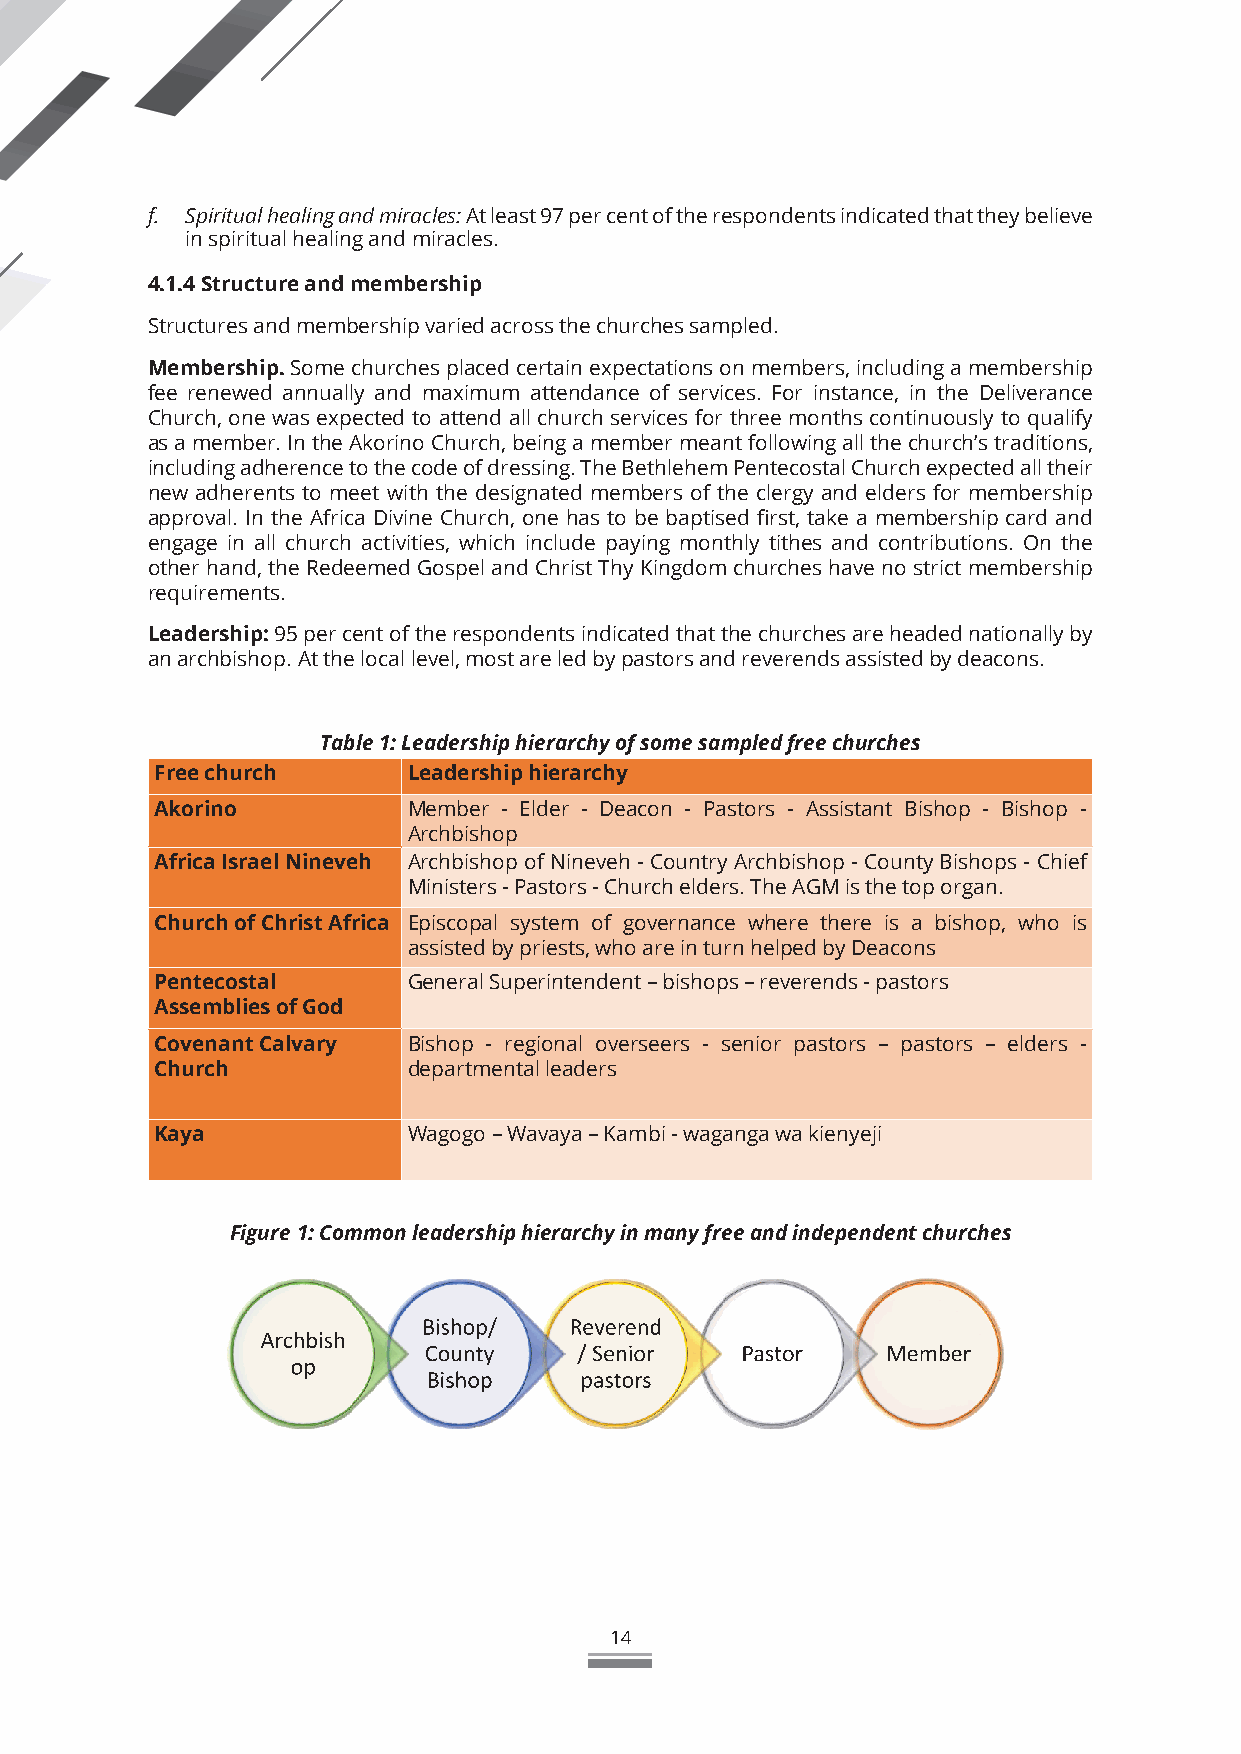
f. Spiritual healing and miracles: At least 97 per cent of the respondents indicated that they believe
 in spiritual healing and miracles.
 4.1.4 Structure and membership
 Structures and membership varied across the churches sampled.
 Membership. Some churches placed certain expectations on members, including a membership
 fee renewed annually and maximum attendance of services. For instance, in the Deliverance
 Church, one was expected to attend all church services for three months continuously to qualify
 as a member. In the Akorino Church, being a member meant following all the church’s traditions,
 including adherence to the code of dressing. The Bethlehem Pentecostal Church expected all their
 new adherents to meet with the designated members of the clergy and elders for membership
 approval. In the Africa Divine Church, one has to be baptised first, take a membership card and
 engage in all church activities, which include paying monthly tithes and contributions. On the
 other hand, the Redeemed Gospel and Christ Thy Kingdom churches have no strict membership
 requirements.
 Leadership: 95 per cent of the respondents indicated that the churches are headed nationally by
 an archbishop. At the local level, most are led by pastors and reverends assisted by deacons.
 Table 1: Leadership hierarchy of some sampled free churches
 Free church      Leadership hierarchy
 Akorino          Member - Elder - Deacon - Pastors - Assistant Bishop - Bishop -
 Archbishop
 Africa Israel Nineveh Archbishop of Nineveh - Country Archbishop - County Bishops - Chief
 Ministers - Pastors - Church elders. The AGM is the top organ.
 Church of Christ Africa Episcopal system of governance where there is a bishop, who is
 assisted by priests, who are in turn helped by Deacons
 Pentecostal      General Superintendent – bishops – reverends - pastors
 Assemblies of God
 Covenant Calvary Bishop - regional overseers - senior pastors – pastors – elders -
 Church           departmental leaders
 Kaya             Wagogo – Wavaya – Kambi - waganga wa kienyeji
 Figure 1: Common leadership hierarchy in many free and independent churches
 14